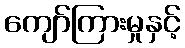
ကျော်ကြားမှုနှင့်